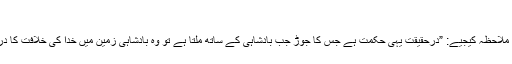
“
یہاں یہ الفاظ پھر سے ملاحظہ کیجیے: ”درحقیقت یہی حکمت ہے جس کا جوڑ جب بادشاہی کے ساتھ ملتا ہے تو وہ بادشاہی زمین میں خدا کی خلافت کا درجہ حاصل کرتی ہے۔